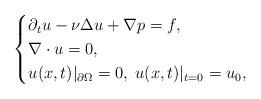
LaTeX: \begin{align*}\begin{cases}\partial_{t}u-\nu\Delta u+\nabla p=f,\\\nabla\cdot u=0,\\u(x,t)|_{\partial\Omega}=0,\;u(x,t)|_{t=0}=u_{0},\end{cases}\end{align*}